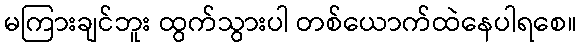
မကြားချင်ဘူး ထွက်သွားပါ တစ်ယောက်ထဲနေပါရစေ။